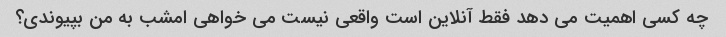
چه کسی اهمیت می دهد فقط آنلاین است واقعی نیست می خواهی امشب به من بپیوندی؟